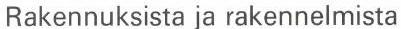
Rakennuksista ja rakennelmista